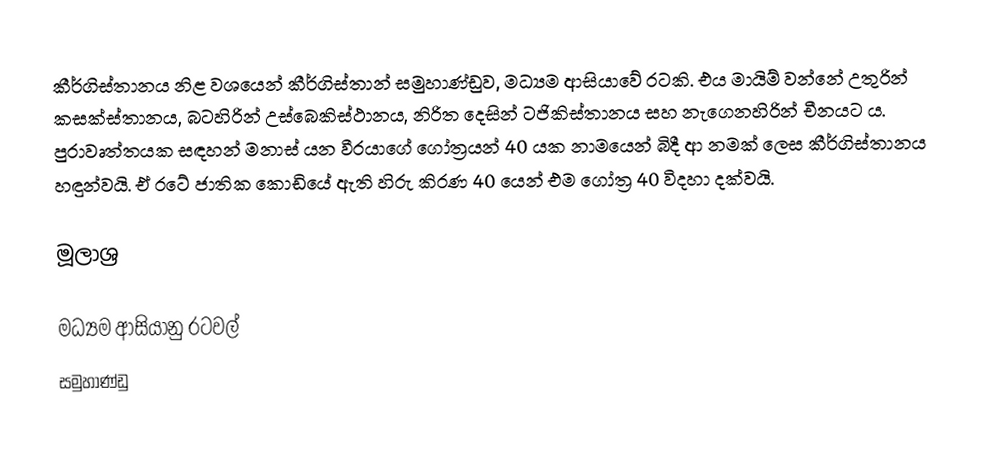
කීර්ගිස්තානය නිළ වශයෙන් කීර්ගිස්තාන් සමුහාණ්ඩුව, මධ්‍යම ආසියාවේ රටකි. එය මායිම් වන්නේ උතුරින් කසක්ස්තානය, බටහිරින් උස්බෙකිස්ථානය, නිරිත දෙසින් ටජිකිස්තානය සහ නැගෙනහිරින් චීනයට ය. පුරාවෘත්තයක සඳහන් මනාස් යන වීරයාගේ ගෝත්‍රයන් 40 යක නාමයෙන් බිදී ආ නමක් ලෙස කීර්ගිස්තානය හඳුන්වයි. ඒ රටේ ජාතික කොඩියේ ඇති හිරු කිරණ 40 ‍යෙන් එම ගෝත්‍ර 40 විදහා දක්වයි.

මූලාශ්‍ර

මධ්‍යම ආසියානු රටවල්
සමුහාණ්ඩු